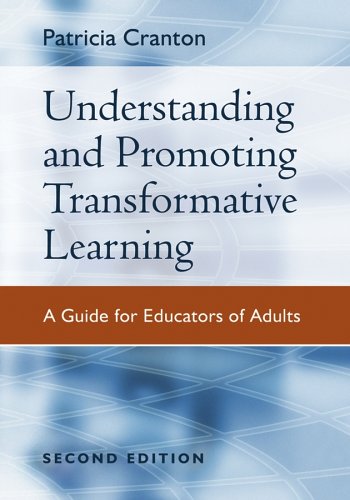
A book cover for Understanding and Promoting Transformative Learning: A Guide for Educators of Adults; Patricia Cranton; Education & Teaching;